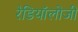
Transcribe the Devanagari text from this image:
रेडियॉलोजी